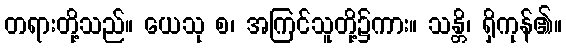
တရားတို့သည်။ ယေသု စ၊ အကြင်သူတို့၌ကား။ သန္တိ၊ ရှိကုန်၏။